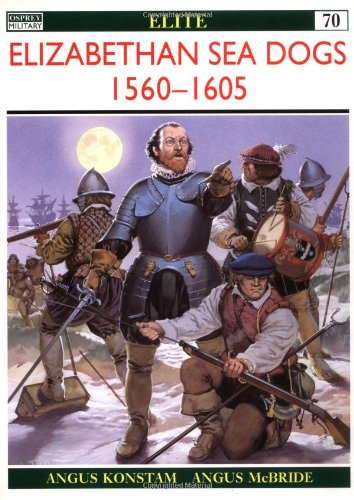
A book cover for Elizabethan Sea Dogs 1560-1605 (Elite); Angus Konstam; History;